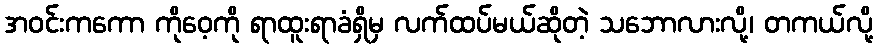
အဝင်းကကော ကိုဝေ့ကို ရာထူးရာခံရှိမှ လက်ထပ်မယ်ဆိုတဲ့ သဘောလားလို့၊ တကယ်လို့